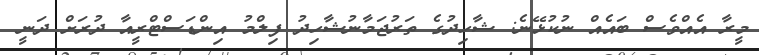
މީރާ އެއްވެސް ބައެއް ނުކުޅޭނެ: ޝާހިދުގެ ތަރުޖަމާނުޝާހިދު ފިލްމު އިންޑަސްޓްރީއާ ދުރަށް ދަނީ